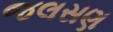
જલસણ